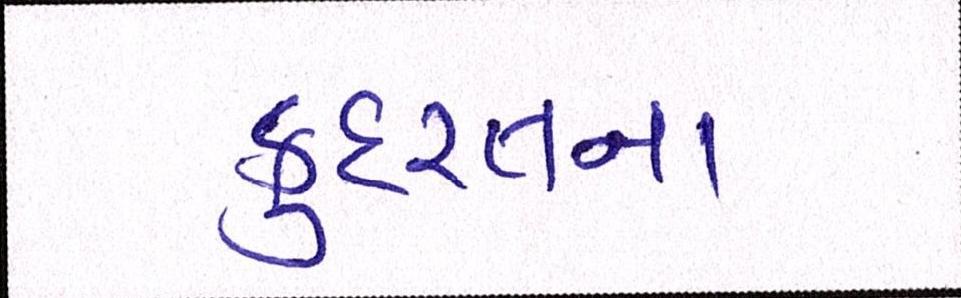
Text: કુદરતના